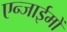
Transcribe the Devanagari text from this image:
एन्जाईमों